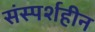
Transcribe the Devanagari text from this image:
संस्पर्शहीन